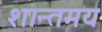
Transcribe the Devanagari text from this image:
शान्तमय